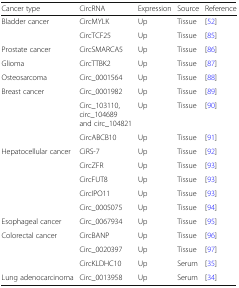
<table><thead><tr><td><b>Cancer type</b></td><td><b>CircRNA</b></td><td><b>Expression</b></td><td><b>Source</b></td><td><b>Reference</b></td></tr></thead><tbody><tr><td rowspan="2">Bladder cancer</td><td>CircMYLK</td><td>Up</td><td>Tissue</td><td>[52]</td></tr><tr><td>CircTCF25</td><td>Up</td><td>Tissue</td><td>[85]</td></tr><tr><td>Prostate cancer</td><td>CircSMARCA5</td><td>Up</td><td>Tissue</td><td>[86]</td></tr><tr><td>Glioma</td><td>CircTTBK2</td><td>Up</td><td>Tissue</td><td>[87]</td></tr><tr><td>Osteosarcoma</td><td>Circ_0001564</td><td>Up</td><td>Tissue</td><td>[88]</td></tr><tr><td rowspan="3">Breast cancer</td><td>Circ_0001982</td><td>Up</td><td>Tissue</td><td>[89]</td></tr><tr><td>Circ_103110, circ_104689 and circ_104821</td><td>Up</td><td>Tissue</td><td>[90]</td></tr><tr><td>CircABCB10</td><td>Up</td><td>Tissue</td><td>[91]</td></tr><tr><td rowspan="5">Hepatocellular cancer</td><td>CiRS-7</td><td>Up</td><td>Tissue</td><td>[92]</td></tr><tr><td>CircZFR</td><td>Up</td><td>Tissue</td><td>[93]</td></tr><tr><td>CircFUT8</td><td>Up</td><td>Tissue</td><td>[93]</td></tr><tr><td>CircIPO11</td><td>Up</td><td>Tissue</td><td>[93]</td></tr><tr><td>Circ_0005075</td><td>Up</td><td>Tissue</td><td>[94]</td></tr><tr><td>Esophageal cancer</td><td>Circ_0067934</td><td>Up</td><td>Tissue</td><td>[95]</td></tr><tr><td rowspan="3">Colorectal cancer</td><td>CircBANP</td><td>Up</td><td>Tissue</td><td>[96]</td></tr><tr><td>Circ_0020397</td><td>Up</td><td>Tissue</td><td>[97]</td></tr><tr><td>CircKLDHC10</td><td>Up</td><td>Serum</td><td>[35]</td></tr><tr><td>Lung adenocarcinoma</td><td>Circ_0013958</td><td>Up</td><td>Serum</td><td>[34]</td></tr></tbody></table>